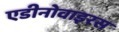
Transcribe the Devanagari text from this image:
एडीनोवाइरस